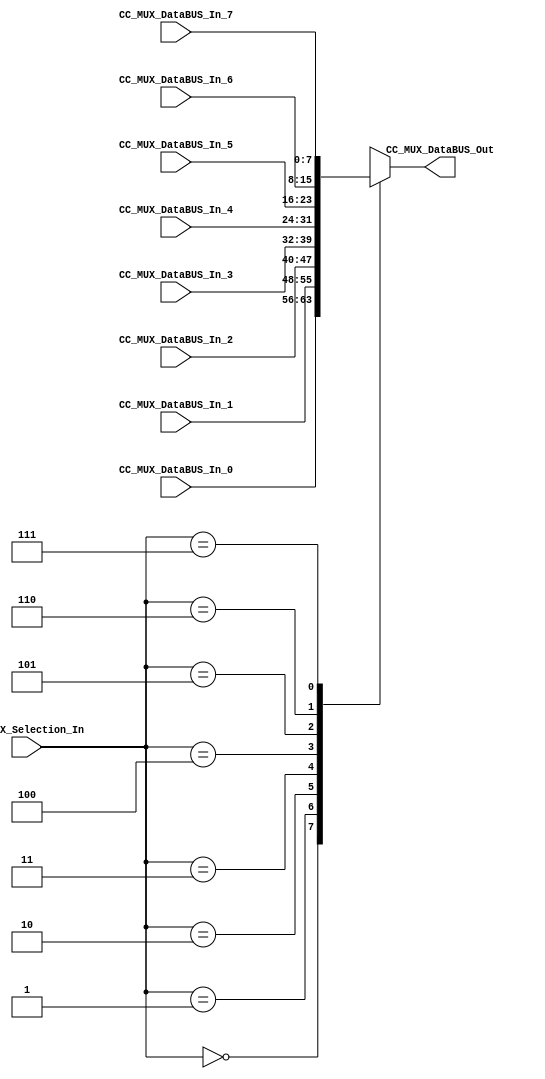
//##########################################################################
//######					G0B1T HDL EXAMPLES											####
//######	Fredy Enrique Segura-Quijano fsegura@uniandes.edu.co				####   
//######																						####   
//######				MODIFICADO: Marzo de 2018 - FES								####   
//##########################################################################
//# G0B1T
//# Copyright (C) 2018 Bogot, Colombia
//# 
//# This program is free software: you can redistribute it and/or modify
//# it under the terms of the GNU General Public License as published by
//# the Free Software Foundation, version 3 of the License.
//#
//# This program is distributed in the hope that it will be useful,
//# but WITHOUT ANY WARRANTY; without even the implied warranty of
//# MERCHANTABILITY or FITNESS FOR A PARTICULAR PURPOSE.  See the
//# GNU General Public License for more details.
//#
//# You should have received a copy of the GNU General Public License
//# along with this program.  If not, see <http://www.gnu.org/licenses/>.
//#/
//###########################################################################

//=======================================================
//  MODULE Definition
//=======================================================
module CC_MUXX #(parameter DATAWIDTH_MUX_SELECTION=3, parameter DATAWIDTH_BUS=8)(
	//////////// OUTPUTS //////////
	CC_MUX_DataBUS_Out,
	//////////// INPUTS //////////
	CC_MUX_DataBUS_In_0,
	CC_MUX_DataBUS_In_1,
	CC_MUX_DataBUS_In_2,	
	CC_MUX_DataBUS_In_3,	
	CC_MUX_DataBUS_In_4,	
	CC_MUX_DataBUS_In_5,	
	CC_MUX_DataBUS_In_6,	
	CC_MUX_DataBUS_In_7,	
	CC_MUX_Selection_In
);
//=======================================================
//  PARAMETER declarations
//=======================================================

//=======================================================
//  PORT declarations
//=======================================================
	output reg	[DATAWIDTH_BUS-1:0] CC_MUX_DataBUS_Out;
	input			[DATAWIDTH_BUS-1:0] CC_MUX_DataBUS_In_0;
	input			[DATAWIDTH_BUS-1:0] CC_MUX_DataBUS_In_1;
	input			[DATAWIDTH_BUS-1:0] CC_MUX_DataBUS_In_2;
	input			[DATAWIDTH_BUS-1:0] CC_MUX_DataBUS_In_3;	
	input			[DATAWIDTH_BUS-1:0] CC_MUX_DataBUS_In_4;
	input			[DATAWIDTH_BUS-1:0] CC_MUX_DataBUS_In_5;
	input			[DATAWIDTH_BUS-1:0] CC_MUX_DataBUS_In_6;
	input			[DATAWIDTH_BUS-1:0] CC_MUX_DataBUS_In_7;
	input			[DATAWIDTH_MUX_SELECTION-1:0] CC_MUX_Selection_In;	
//=======================================================
//  REG/WIRE declarations
//=======================================================

//=======================================================
//  Structural coding
//=======================================================
//INPUT LOGIC: COMBINATIONAL
	always@(*)
	begin
	case (CC_MUX_Selection_In)	
	// Example to more outputs: WaitStart: begin sResetCounter = 0; sCuenteUP = 0; end
		3'b000: CC_MUX_DataBUS_Out = CC_MUX_DataBUS_In_0;
		3'b001: CC_MUX_DataBUS_Out = CC_MUX_DataBUS_In_1;
		3'b010: CC_MUX_DataBUS_Out = CC_MUX_DataBUS_In_2;
		3'b011: CC_MUX_DataBUS_Out = CC_MUX_DataBUS_In_3;
		3'b100: CC_MUX_DataBUS_Out = CC_MUX_DataBUS_In_4;
		3'b101: CC_MUX_DataBUS_Out = CC_MUX_DataBUS_In_5;
		3'b110: CC_MUX_DataBUS_Out = CC_MUX_DataBUS_In_6;
		3'b111: CC_MUX_DataBUS_Out = CC_MUX_DataBUS_In_7;
		default :   CC_MUX_DataBUS_Out = CC_MUX_DataBUS_In_0; // channel 0 is selected 
		endcase
	end
//=======================================================
//  Outputs
//=======================================================
// OUTPUT LOGIC : COMBINATIONAL

endmodule